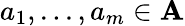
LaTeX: \textstyle{a_{1},...,a_{m}}\in\mathbf{A}